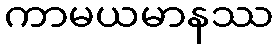
ကာမယမာနဿ